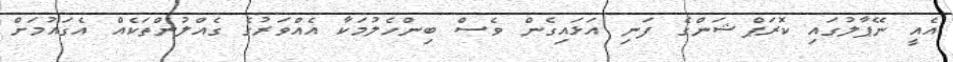
އެއީ ނޭޕާލުގައި ކޮރަޕްޝަންގެ ފަނި އަޅައިގެން ވެސް ބިންހެލުމަކާ އެއްވަރުގެ ގެއްލުންތަކެއް އެގައުމަށް